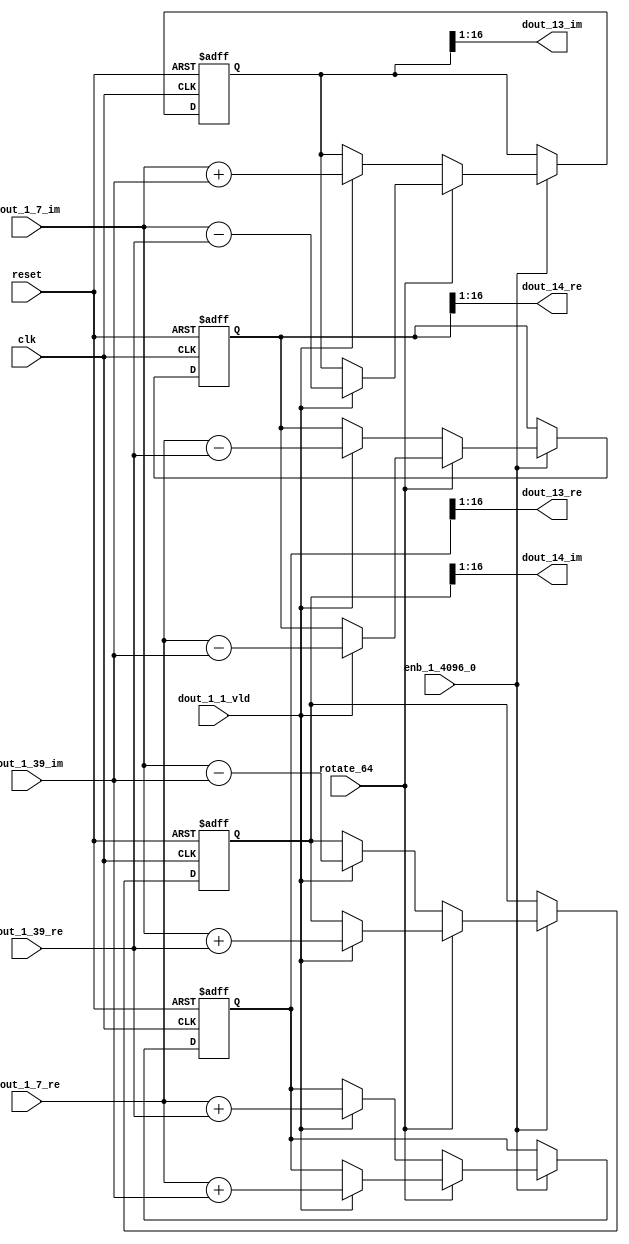
// -------------------------------------------------------------
// 
// 
// Generated by MATLAB 9.14 and HDL Coder 4.1
// 
// -------------------------------------------------------------


// -------------------------------------------------------------
// 
// Module: RADIX22FFT_SDNF2_2_block5
// Source Path: dsphdl.IFFT/RADIX22FFT_SDNF2_2
// Hierarchy Level: 4
// 
// -------------------------------------------------------------

`timescale 1 ns / 1 ns

module RADIX22FFT_SDNF2_2_block5
          (clk,
           reset,
           enb_1_4096_0,
           rotate_64,
           dout_1_7_re,
           dout_1_7_im,
           dout_1_39_re,
           dout_1_39_im,
           dout_1_1_vld,
           dout_13_re,
           dout_13_im,
           dout_14_re,
           dout_14_im);


  input   clk;
  input   reset;
  input   enb_1_4096_0;
  input   rotate_64;  // ufix1
  input   signed [15:0] dout_1_7_re;  // sfix16_En14
  input   signed [15:0] dout_1_7_im;  // sfix16_En14
  input   signed [15:0] dout_1_39_re;  // sfix16_En14
  input   signed [15:0] dout_1_39_im;  // sfix16_En14
  input   dout_1_1_vld;
  output  signed [15:0] dout_13_re;  // sfix16_En14
  output  signed [15:0] dout_13_im;  // sfix16_En14
  output  signed [15:0] dout_14_re;  // sfix16_En14
  output  signed [15:0] dout_14_im;  // sfix16_En14


  reg  Radix22ButterflyG2_NF_din_vld_dly;
  reg signed [16:0] Radix22ButterflyG2_NF_btf1_re_reg;  // sfix17
  reg signed [16:0] Radix22ButterflyG2_NF_btf1_im_reg;  // sfix17
  reg signed [16:0] Radix22ButterflyG2_NF_btf2_re_reg;  // sfix17
  reg signed [16:0] Radix22ButterflyG2_NF_btf2_im_reg;  // sfix17
  reg  Radix22ButterflyG2_NF_din_vld_dly_next;
  reg signed [16:0] Radix22ButterflyG2_NF_btf1_re_reg_next;  // sfix17_En14
  reg signed [16:0] Radix22ButterflyG2_NF_btf1_im_reg_next;  // sfix17_En14
  reg signed [16:0] Radix22ButterflyG2_NF_btf2_re_reg_next;  // sfix17_En14
  reg signed [16:0] Radix22ButterflyG2_NF_btf2_im_reg_next;  // sfix17_En14
  reg signed [15:0] dout_13_re_1;  // sfix16_En14
  reg signed [15:0] dout_13_im_1;  // sfix16_En14
  reg signed [15:0] dout_14_re_1;  // sfix16_En14
  reg signed [15:0] dout_14_im_1;  // sfix16_En14
  reg  dout_2_vld;
  reg signed [16:0] Radix22ButterflyG2_NF_add_cast;  // sfix17_En14
  reg signed [16:0] Radix22ButterflyG2_NF_add_cast_0;  // sfix17_En14
  reg signed [16:0] Radix22ButterflyG2_NF_add_cast_1;  // sfix17_En14
  reg signed [16:0] Radix22ButterflyG2_NF_add_cast_2;  // sfix17_En14
  reg signed [16:0] Radix22ButterflyG2_NF_sub_cast;  // sfix17_En14
  reg signed [16:0] Radix22ButterflyG2_NF_sub_cast_0;  // sfix17_En14
  reg signed [16:0] Radix22ButterflyG2_NF_sub_cast_1;  // sfix17_En14
  reg signed [16:0] Radix22ButterflyG2_NF_sub_cast_2;  // sfix17_En14
  reg signed [16:0] Radix22ButterflyG2_NF_sra_temp;  // sfix17_En14
  reg signed [16:0] Radix22ButterflyG2_NF_add_cast_3;  // sfix17_En14
  reg signed [16:0] Radix22ButterflyG2_NF_add_cast_4;  // sfix17_En14
  reg signed [16:0] Radix22ButterflyG2_NF_add_cast_5;  // sfix17_En14
  reg signed [16:0] Radix22ButterflyG2_NF_add_cast_6;  // sfix17_En14
  reg signed [16:0] Radix22ButterflyG2_NF_sra_temp_0;  // sfix17_En14
  reg signed [16:0] Radix22ButterflyG2_NF_sub_cast_3;  // sfix17_En14
  reg signed [16:0] Radix22ButterflyG2_NF_sub_cast_4;  // sfix17_En14
  reg signed [16:0] Radix22ButterflyG2_NF_sub_cast_5;  // sfix17_En14
  reg signed [16:0] Radix22ButterflyG2_NF_sub_cast_6;  // sfix17_En14
  reg signed [16:0] Radix22ButterflyG2_NF_sra_temp_1;  // sfix17_En14
  reg signed [16:0] Radix22ButterflyG2_NF_sra_temp_2;  // sfix17_En14


  // Radix22ButterflyG2_NF
  always @(posedge clk or posedge reset)
    begin : Radix22ButterflyG2_NF_process
      if (reset == 1'b1) begin
        Radix22ButterflyG2_NF_din_vld_dly <= 1'b0;
        Radix22ButterflyG2_NF_btf1_re_reg <= 17'sb00000000000000000;
        Radix22ButterflyG2_NF_btf1_im_reg <= 17'sb00000000000000000;
        Radix22ButterflyG2_NF_btf2_re_reg <= 17'sb00000000000000000;
        Radix22ButterflyG2_NF_btf2_im_reg <= 17'sb00000000000000000;
      end
      else begin
        if (enb_1_4096_0) begin
          Radix22ButterflyG2_NF_din_vld_dly <= Radix22ButterflyG2_NF_din_vld_dly_next;
          Radix22ButterflyG2_NF_btf1_re_reg <= Radix22ButterflyG2_NF_btf1_re_reg_next;
          Radix22ButterflyG2_NF_btf1_im_reg <= Radix22ButterflyG2_NF_btf1_im_reg_next;
          Radix22ButterflyG2_NF_btf2_re_reg <= Radix22ButterflyG2_NF_btf2_re_reg_next;
          Radix22ButterflyG2_NF_btf2_im_reg <= Radix22ButterflyG2_NF_btf2_im_reg_next;
        end
      end
    end

  always @(Radix22ButterflyG2_NF_btf1_im_reg, Radix22ButterflyG2_NF_btf1_re_reg,
       Radix22ButterflyG2_NF_btf2_im_reg, Radix22ButterflyG2_NF_btf2_re_reg,
       Radix22ButterflyG2_NF_din_vld_dly, dout_1_1_vld, dout_1_39_im,
       dout_1_39_re, dout_1_7_im, dout_1_7_re, rotate_64) begin
    Radix22ButterflyG2_NF_add_cast_1 = 17'sb00000000000000000;
    Radix22ButterflyG2_NF_add_cast_2 = 17'sb00000000000000000;
    Radix22ButterflyG2_NF_sub_cast_1 = 17'sb00000000000000000;
    Radix22ButterflyG2_NF_sub_cast_2 = 17'sb00000000000000000;
    Radix22ButterflyG2_NF_add_cast_5 = 17'sb00000000000000000;
    Radix22ButterflyG2_NF_add_cast_6 = 17'sb00000000000000000;
    Radix22ButterflyG2_NF_sub_cast_5 = 17'sb00000000000000000;
    Radix22ButterflyG2_NF_sub_cast_6 = 17'sb00000000000000000;
    Radix22ButterflyG2_NF_add_cast = 17'sb00000000000000000;
    Radix22ButterflyG2_NF_add_cast_0 = 17'sb00000000000000000;
    Radix22ButterflyG2_NF_sub_cast = 17'sb00000000000000000;
    Radix22ButterflyG2_NF_sub_cast_0 = 17'sb00000000000000000;
    Radix22ButterflyG2_NF_add_cast_3 = 17'sb00000000000000000;
    Radix22ButterflyG2_NF_add_cast_4 = 17'sb00000000000000000;
    Radix22ButterflyG2_NF_sub_cast_3 = 17'sb00000000000000000;
    Radix22ButterflyG2_NF_sub_cast_4 = 17'sb00000000000000000;
    Radix22ButterflyG2_NF_btf1_re_reg_next = Radix22ButterflyG2_NF_btf1_re_reg;
    Radix22ButterflyG2_NF_btf1_im_reg_next = Radix22ButterflyG2_NF_btf1_im_reg;
    Radix22ButterflyG2_NF_btf2_re_reg_next = Radix22ButterflyG2_NF_btf2_re_reg;
    Radix22ButterflyG2_NF_btf2_im_reg_next = Radix22ButterflyG2_NF_btf2_im_reg;
    Radix22ButterflyG2_NF_din_vld_dly_next = dout_1_1_vld;
    if (rotate_64 != 1'b0) begin
      if (dout_1_1_vld) begin
        Radix22ButterflyG2_NF_add_cast_1 = {dout_1_7_re[15], dout_1_7_re};
        Radix22ButterflyG2_NF_add_cast_2 = {dout_1_39_im[15], dout_1_39_im};
        Radix22ButterflyG2_NF_btf1_re_reg_next = Radix22ButterflyG2_NF_add_cast_1 + Radix22ButterflyG2_NF_add_cast_2;
        Radix22ButterflyG2_NF_sub_cast_1 = {dout_1_7_re[15], dout_1_7_re};
        Radix22ButterflyG2_NF_sub_cast_2 = {dout_1_39_im[15], dout_1_39_im};
        Radix22ButterflyG2_NF_btf2_re_reg_next = Radix22ButterflyG2_NF_sub_cast_1 - Radix22ButterflyG2_NF_sub_cast_2;
        Radix22ButterflyG2_NF_add_cast_5 = {dout_1_7_im[15], dout_1_7_im};
        Radix22ButterflyG2_NF_add_cast_6 = {dout_1_39_re[15], dout_1_39_re};
        Radix22ButterflyG2_NF_btf2_im_reg_next = Radix22ButterflyG2_NF_add_cast_5 + Radix22ButterflyG2_NF_add_cast_6;
        Radix22ButterflyG2_NF_sub_cast_5 = {dout_1_7_im[15], dout_1_7_im};
        Radix22ButterflyG2_NF_sub_cast_6 = {dout_1_39_re[15], dout_1_39_re};
        Radix22ButterflyG2_NF_btf1_im_reg_next = Radix22ButterflyG2_NF_sub_cast_5 - Radix22ButterflyG2_NF_sub_cast_6;
      end
    end
    else if (dout_1_1_vld) begin
      Radix22ButterflyG2_NF_add_cast = {dout_1_7_re[15], dout_1_7_re};
      Radix22ButterflyG2_NF_add_cast_0 = {dout_1_39_re[15], dout_1_39_re};
      Radix22ButterflyG2_NF_btf1_re_reg_next = Radix22ButterflyG2_NF_add_cast + Radix22ButterflyG2_NF_add_cast_0;
      Radix22ButterflyG2_NF_sub_cast = {dout_1_7_re[15], dout_1_7_re};
      Radix22ButterflyG2_NF_sub_cast_0 = {dout_1_39_re[15], dout_1_39_re};
      Radix22ButterflyG2_NF_btf2_re_reg_next = Radix22ButterflyG2_NF_sub_cast - Radix22ButterflyG2_NF_sub_cast_0;
      Radix22ButterflyG2_NF_add_cast_3 = {dout_1_7_im[15], dout_1_7_im};
      Radix22ButterflyG2_NF_add_cast_4 = {dout_1_39_im[15], dout_1_39_im};
      Radix22ButterflyG2_NF_btf1_im_reg_next = Radix22ButterflyG2_NF_add_cast_3 + Radix22ButterflyG2_NF_add_cast_4;
      Radix22ButterflyG2_NF_sub_cast_3 = {dout_1_7_im[15], dout_1_7_im};
      Radix22ButterflyG2_NF_sub_cast_4 = {dout_1_39_im[15], dout_1_39_im};
      Radix22ButterflyG2_NF_btf2_im_reg_next = Radix22ButterflyG2_NF_sub_cast_3 - Radix22ButterflyG2_NF_sub_cast_4;
    end
    Radix22ButterflyG2_NF_sra_temp = Radix22ButterflyG2_NF_btf1_re_reg >>> 8'd1;
    dout_13_re_1 = Radix22ButterflyG2_NF_sra_temp[15:0];
    Radix22ButterflyG2_NF_sra_temp_0 = Radix22ButterflyG2_NF_btf1_im_reg >>> 8'd1;
    dout_13_im_1 = Radix22ButterflyG2_NF_sra_temp_0[15:0];
    Radix22ButterflyG2_NF_sra_temp_1 = Radix22ButterflyG2_NF_btf2_re_reg >>> 8'd1;
    dout_14_re_1 = Radix22ButterflyG2_NF_sra_temp_1[15:0];
    Radix22ButterflyG2_NF_sra_temp_2 = Radix22ButterflyG2_NF_btf2_im_reg >>> 8'd1;
    dout_14_im_1 = Radix22ButterflyG2_NF_sra_temp_2[15:0];
    dout_2_vld = Radix22ButterflyG2_NF_din_vld_dly;
  end



  assign dout_13_re = dout_13_re_1;

  assign dout_13_im = dout_13_im_1;

  assign dout_14_re = dout_14_re_1;

  assign dout_14_im = dout_14_im_1;

endmodule  // RADIX22FFT_SDNF2_2_block5